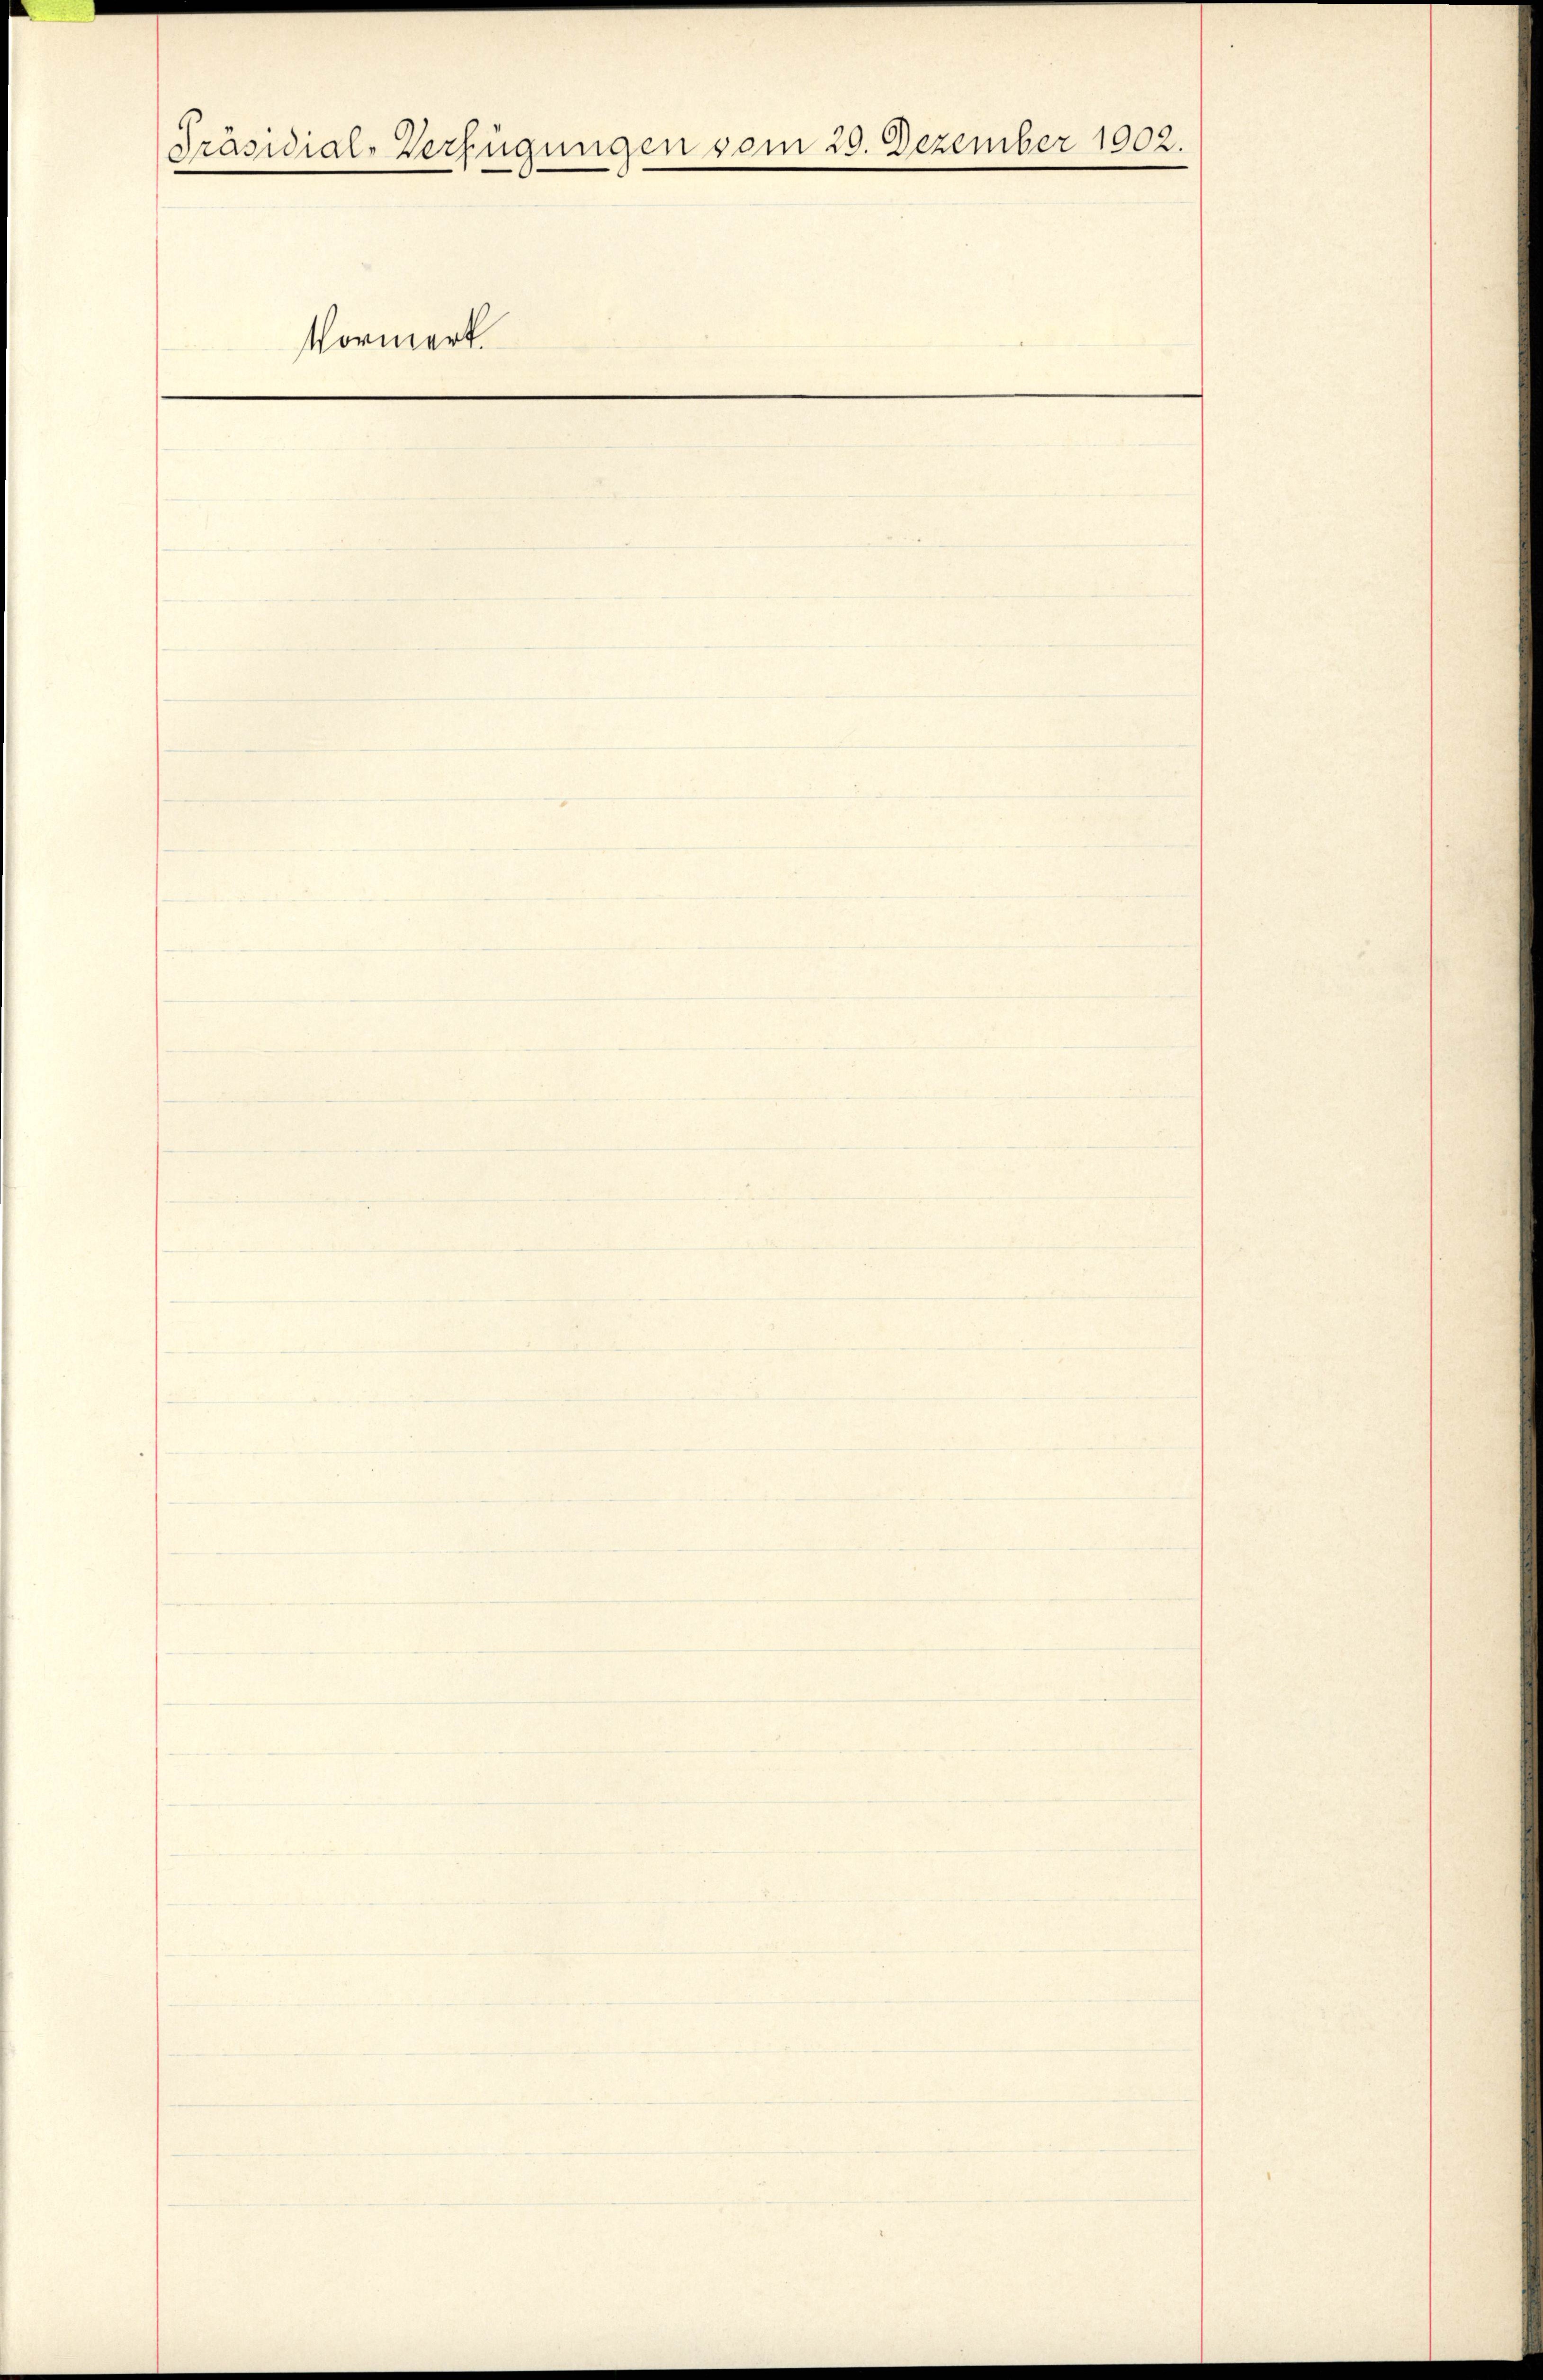
Präsidial-Verfügungen vom 29. Dezember 1902.
Vormerk